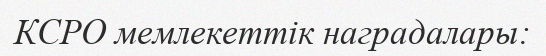
КСРО мемлекеттік наградалары: